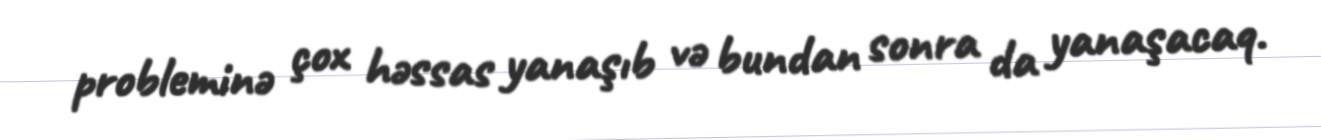
probleminə çox həssas yanaşıb və bundan sonra da yanaşacaq.